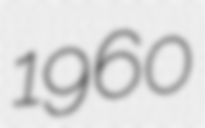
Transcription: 1960